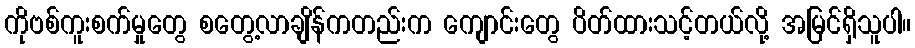
ကိုဗစ်ကူးစက်မှုတွေ စတွေ့လာချိန်ကတည်းက ကျောင်းတွေ ပိတ်ထားသင့်တယ်လို့ အမြင်ရှိသူပါ။